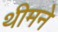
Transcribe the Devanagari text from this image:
थीमने